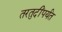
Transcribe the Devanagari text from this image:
तरतुदींपर्यंत